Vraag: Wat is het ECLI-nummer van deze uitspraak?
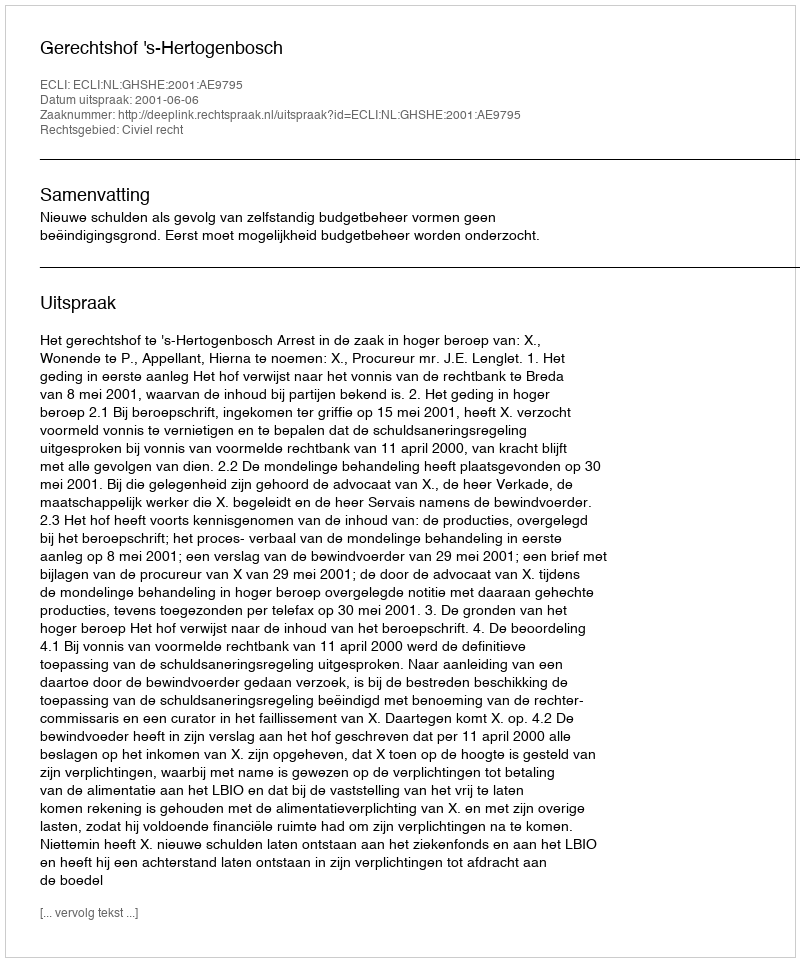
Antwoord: ECLI:NL:GHSHE:2001:AE9795